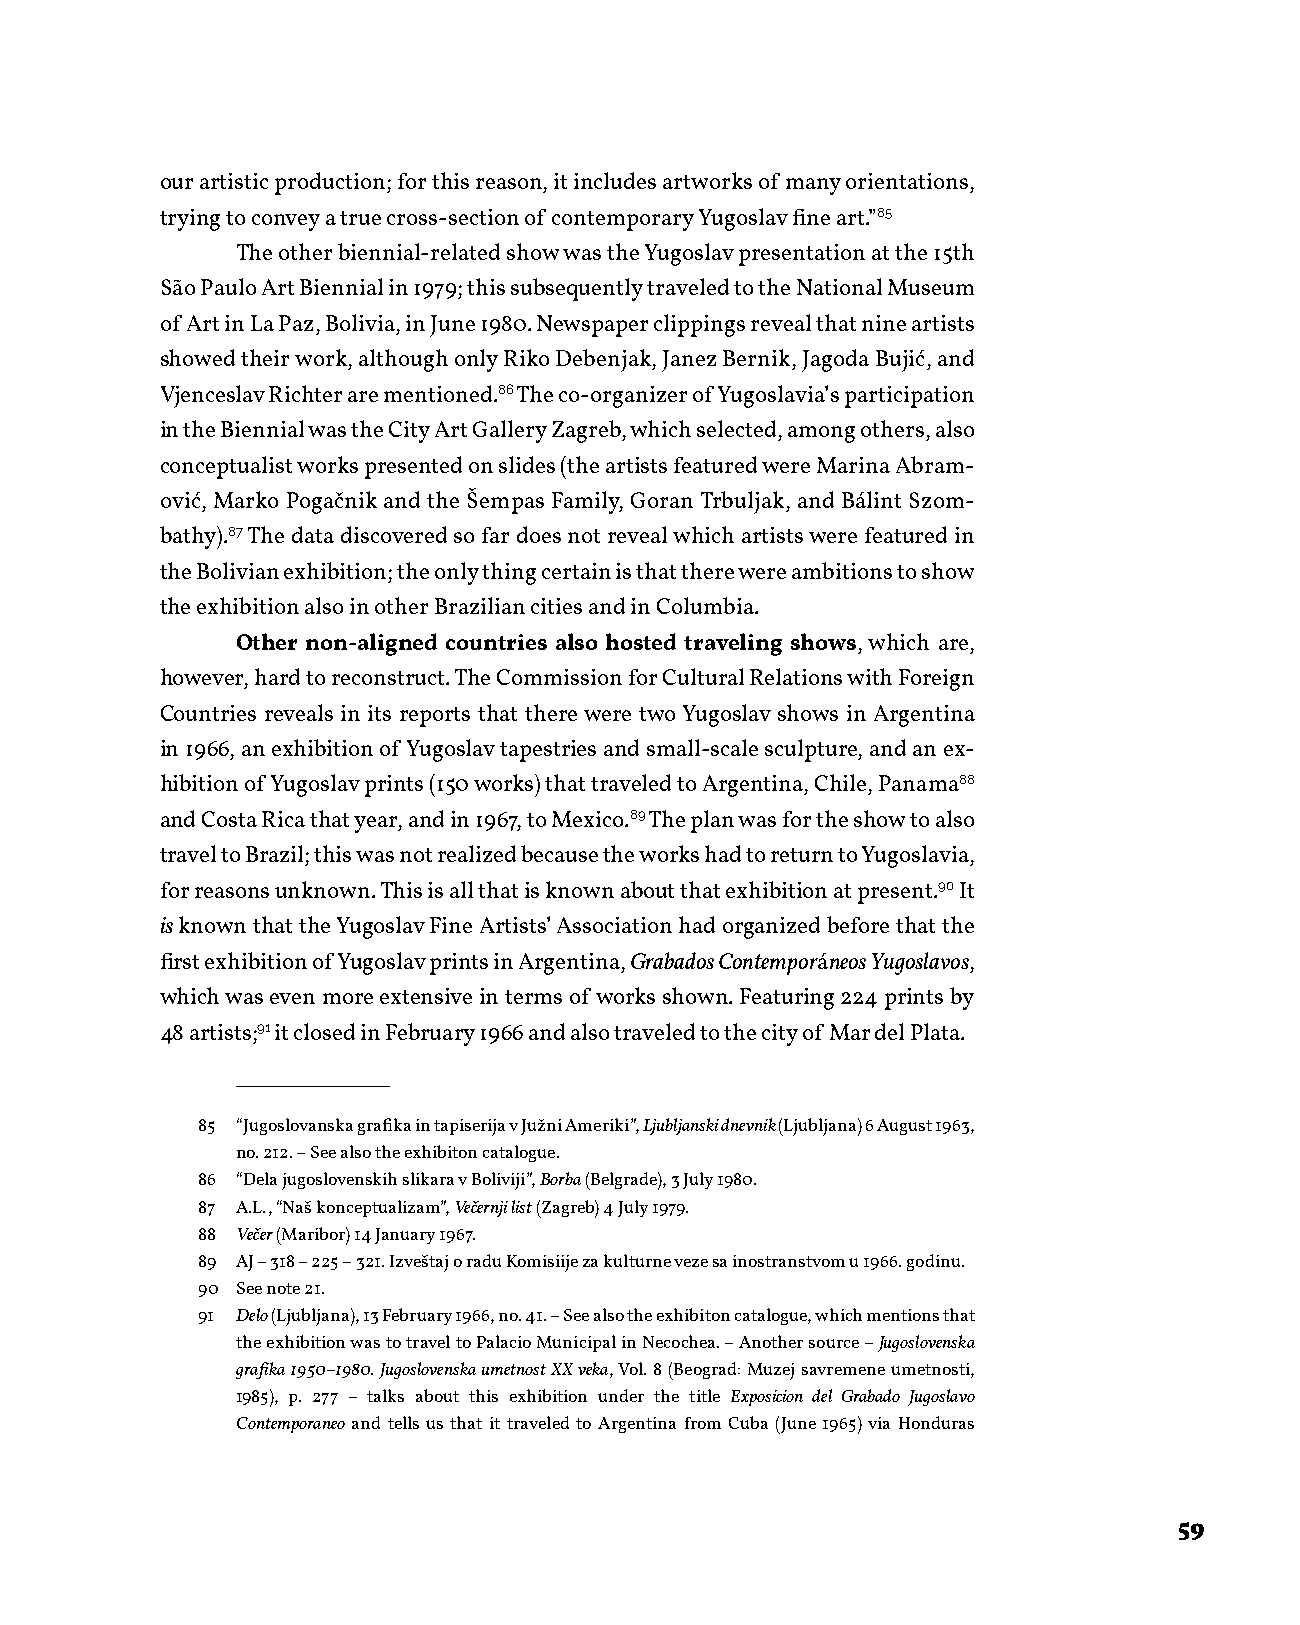
our artistic production; for this reason, it includes artworks of many orientations,
 trying to convey a true cross-section of contemporary Yugoslav fine art.”85
 The other biennial-related show was the Yugoslav presentation at the 15th
 São Paulo Art Biennial in 1979; this subsequently traveled to the National Museum
 of Art in La Paz, Bolivia, in June 1980. Newspaper clippings reveal that nine artists
 showed their work, although only Riko Debenjak, Janez Bernik, Jagoda Bujić, and
 Vjenceslav Richter are mentioned.86 The co-organizer of Yugoslavia’s participation
 in the Biennial was the City Art Gallery Zagreb, which selected, among others, also
 conceptualist works presented on slides (the artists featured were Marina Abram-
 ović, Marko Pogačnik and the Šempas Family, Goran Trbuljak, and Bálint Szom-
 bathy).87 The data discovered so far does not reveal which artists were featured in
 the Bolivian exhibition; the only thing certain is that there were ambitions to show
 the exhibition also in other Brazilian cities and in Columbia.
 Other non-aligned countries also hosted traveling shows, which are,
 however, hard to reconstruct. The Commission for Cultural Relations with Foreign
 Countries reveals in its reports that there were two Yugoslav shows in Argentina
 in 1966, an exhibition of Yugoslav tapestries and small-scale sculpture, and an ex-
 hibition of Yugoslav prints (150 works) that traveled to Argentina, Chile, Panama88
 and Costa Rica that year, and in 1967, to Mexico.89 The plan was for the show to also
 travel to Brazil; this was not realized because the works had to return to Yugoslavia,
 for reasons unknown. This is all that is known about that exhibition at present.90 It
 is known that the Yugoslav Fine Artists’ Association had organized before that the
 first exhibition of Yugoslav prints in Argentina, Grabados Contemporáneos Yugoslavos,
 which was even more extensive in terms of works shown. Featuring 224 prints by
 48 artists;91 it closed in February 1966 and also traveled to the city of Mar del Plata.
 85 “Jugoslovanska grafika in tapiserija v Južni Ameriki”, Ljubljanski dnevnik (Ljubljana) 6 August 1963,
 no. 212. – See also the exhibiton catalogue.
 86 “Dela jugoslovenskih slikara v Boliviji”, Borba (Belgrade), 3 July 1980.
 87 A.L., “Naš konceptualizam”, Večernji list (Zagreb) 4 July 1979.
 88 Večer (Maribor) 14 January 1967.
 89 AJ – 318 – 225 – 321. Izveštaj o radu Komisiije za kulturne veze sa inostranstvom u 1966. godinu.
 90 See note 21.
 91 Delo (Ljubljana), 13 February 1966, no. 41. – See also the exhibiton catalogue, which mentions that
 the exhibition was to travel to Palacio Municipal in Necochea. – Another source – Jugoslovenska
 grafika 1950–1980. Jugoslovenska umetnost XX veka, Vol. 8 (Beograd: Muzej savremene umetnosti,
 1985), p. 277 – talks about this exhibition under the title Exposicion del Grabado Jugoslavo
 Contemporaneo and tells us that it traveled to Argentina from Cuba (June 1965) via Honduras
 59